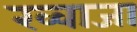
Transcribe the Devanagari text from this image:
ख्‍वाजा